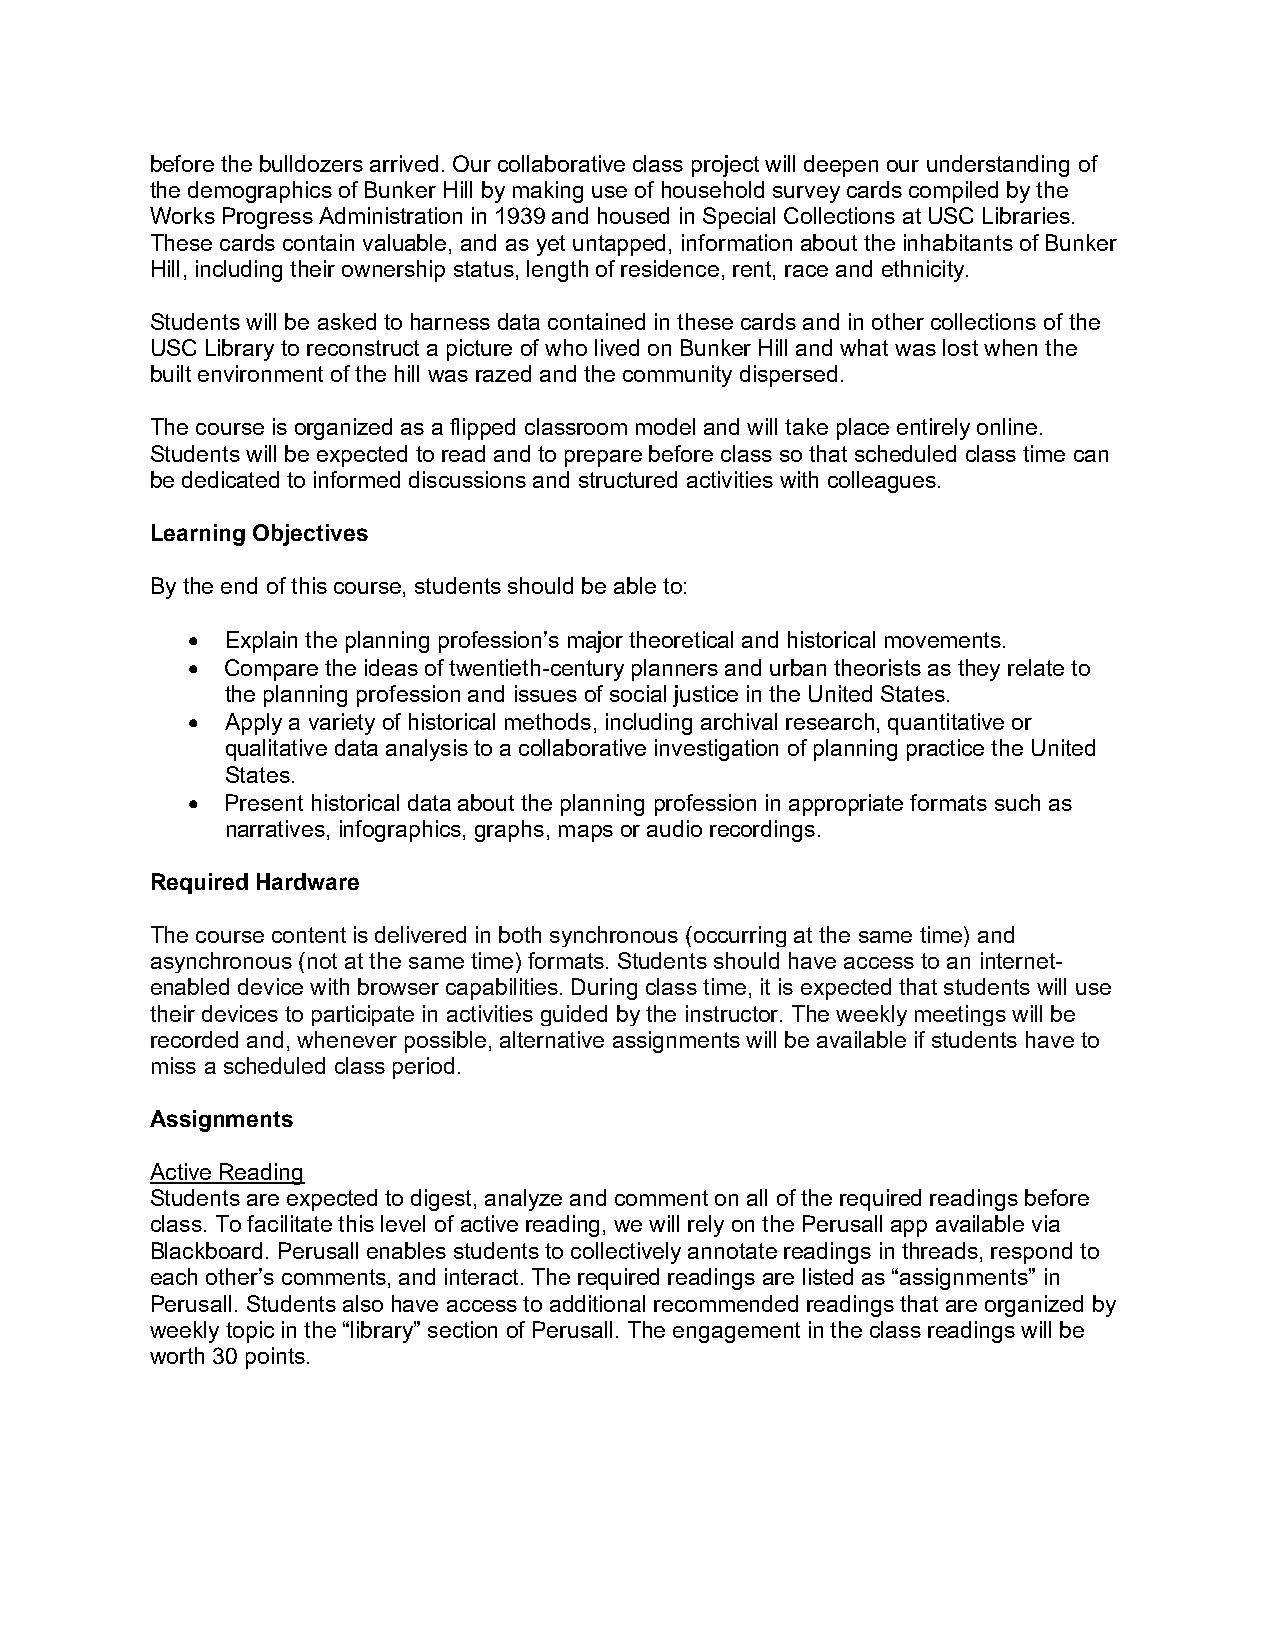
before the bulldozers arrived. Our collaborative class project will deepen our understanding of
 the demographics of Bunker Hill by making use of household survey cards compiled by the
 Works Progress Administration in 1939 and housed in Special Collections at USC Libraries.
 These cards contain valuable, and as yet untapped, information about the inhabitants of Bunker
 Hill, including their ownership status, length of residence, rent, race and ethnicity.
 Students will be asked to harness data contained in these cards and in other collections of the
 USC Library to reconstruct a picture of who lived on Bunker Hill and what was lost when the
 built environment of the hill was razed and the community dispersed.
 The course is organized as a flipped classroom model and will take place entirely online.
 Students will be expected to read and to prepare before class so that scheduled class time can
 be dedicated to informed discussions and structured activities with colleagues.
 Learning Objectives
 By the end of this course, students should be able to:
   Explain the planning profession’s major theoretical and historical movements.
   Compare the ideas of twentieth-century planners and urban theorists as they relate to
 the planning profession and issues of social justice in the United States.
   Apply a variety of historical methods, including archival research, quantitative or
 qualitative data analysis to a collaborative investigation of planning practice the United
 States.
   Present historical data about the planning profession in appropriate formats such as
 narratives, infographics, graphs, maps or audio recordings.
 Required Hardware
 The course content is delivered in both synchronous (occurring at the same time) and
 asynchronous (not at the same time) formats. Students should have access to an internet-
 enabled device with browser capabilities. During class time, it is expected that students will use
 their devices to participate in activities guided by the instructor. The weekly meetings will be
 recorded and, whenever possible, alternative assignments will be available if students have to
 miss a scheduled class period.
 Assignments
 Active Reading
 Students are expected to digest, analyze and comment on all of the required readings before
 class. To facilitate this level of active reading, we will rely on the Perusall app available via
 Blackboard. Perusall enables students to collectively annotate readings in threads, respond to
 each other’s comments, and interact. The required readings are listed as “assignments” in
 Perusall. Students also have access to additional recommended readings that are organized by
 weekly topic in the “library” section of Perusall. The engagement in the class readings will be
 worth 30 points.